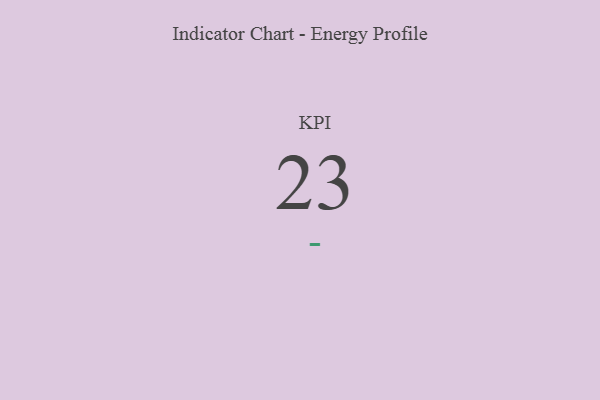
{"axis": {"x": "KPI", "y": "Value"}, "legend": [""], "data": [{"x": "KPI", "y": 23, "type": ""}]}